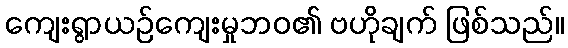
ကျေးရွာယဉ်ကျေးမှုဘဝ၏ ဗဟိုချက် ဖြစ်သည်။